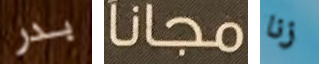
بدر مجانا زنا